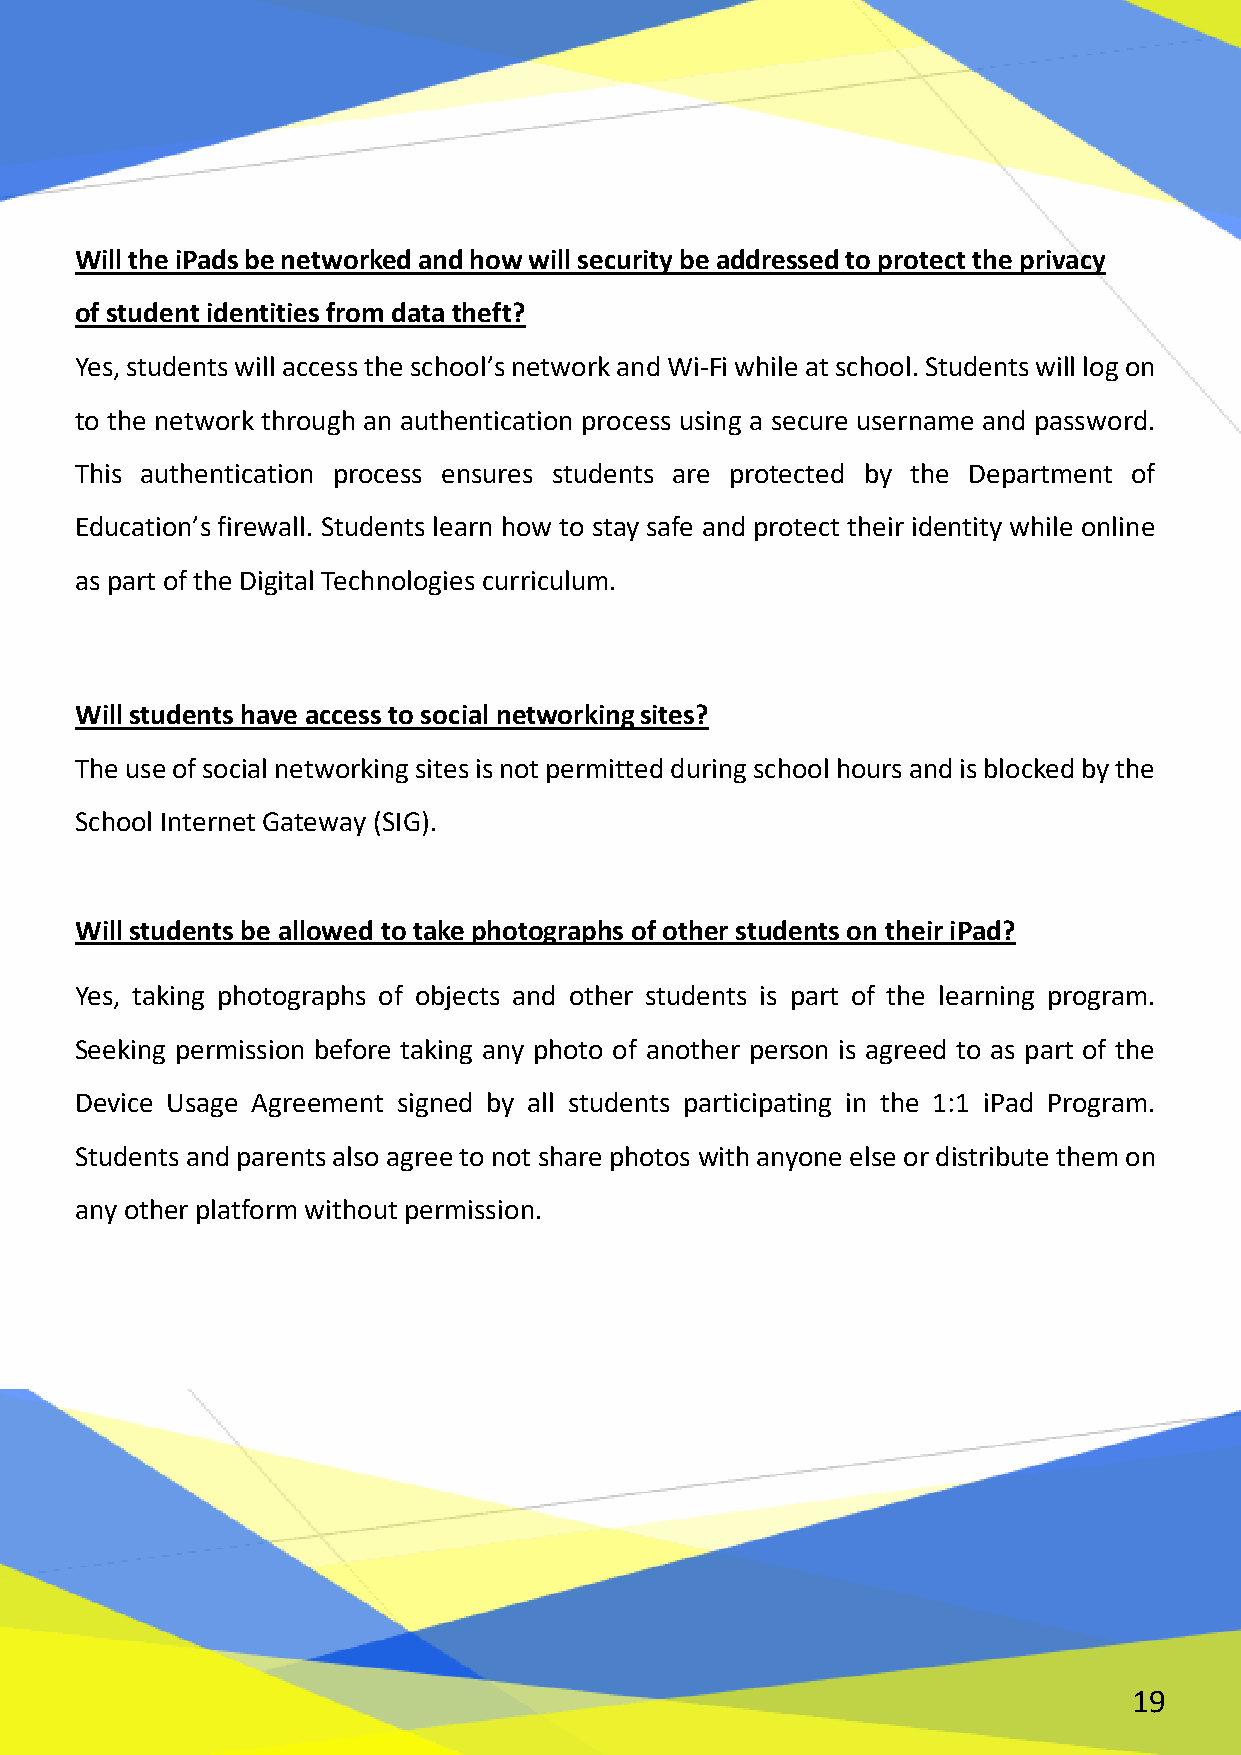
Will the iPads be networked and how will security be addressed to protect the privacy
 of student identities from data theft?
 Yes, students will access the school’s network and Wi-Fi while at school. Students will log on
 to the network through an authentication process using a secure username and password.
 This authentication process ensures students are protected by the Department of
 Education’s firewall. Students learn how to stay safe and protect their identity while online
 as part of the Digital Technologies curriculum.
 Will students have access to social networking sites?
 The use of social networking sites is not permitted during school hours and is blocked by the
 School Internet Gateway (SIG).
 Will students be allowed to take photographs of other students on their iPad?
 Yes, taking photographs of objects and other students is part of the learning program.
 Seeking permission before taking any photo of another person is agreed to as part of the
 Device Usage Agreement signed by all students participating in the 1:1 iPad Program.
 Students and parents also agree to not share photos with anyone else or distribute them on
 any other platform without permission.
 19